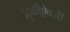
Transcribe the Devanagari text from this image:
बंदुकीऐवजी